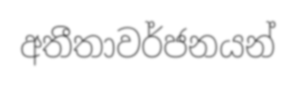
අතීතාවර්ජනයන්